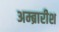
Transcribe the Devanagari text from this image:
अम्ब्रारीश